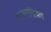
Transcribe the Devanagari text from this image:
तत्वचंद्रिका